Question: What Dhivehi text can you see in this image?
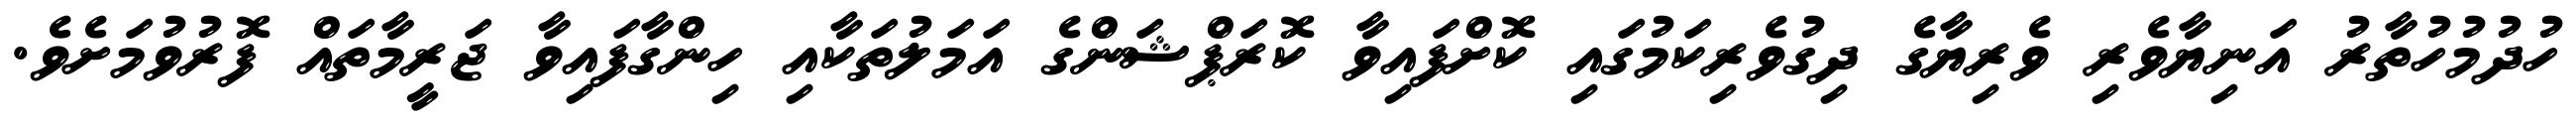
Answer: ހުދުމުހުތާރު އަނިޔާވެރި ވެރިޔާގެ ދިގުވެރިކަމުގައި ކޮށްފައިވާ ކޮރަޕްޝަންގެ އަމަލުތަކާއި ހިންގާފައިވާ ޖަރީމާތައް ފޮރުވުމަށެވެ.